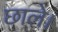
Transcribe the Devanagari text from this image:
छाले।